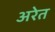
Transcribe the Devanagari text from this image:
अरेत